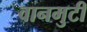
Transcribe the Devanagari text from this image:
वानमुटी